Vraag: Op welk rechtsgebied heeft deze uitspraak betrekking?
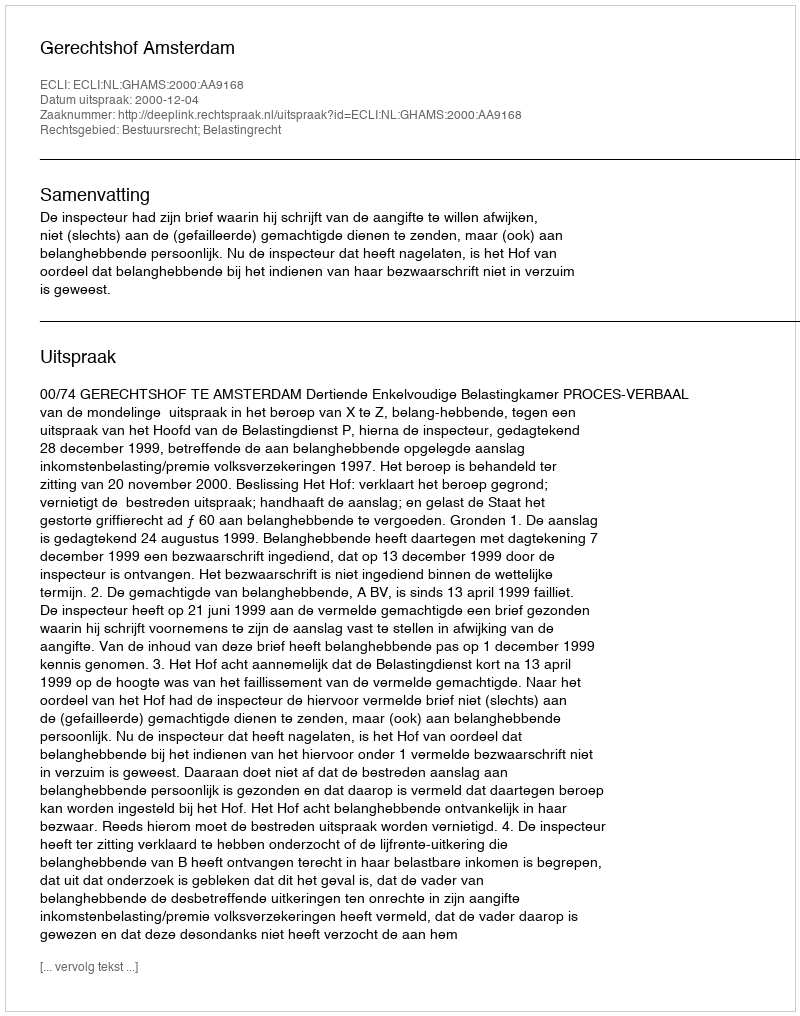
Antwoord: Bestuursrecht; Belastingrecht